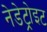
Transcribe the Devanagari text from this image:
नेडेट्रोइट